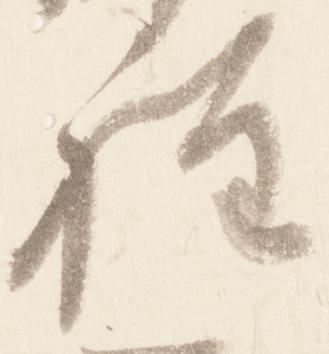
程